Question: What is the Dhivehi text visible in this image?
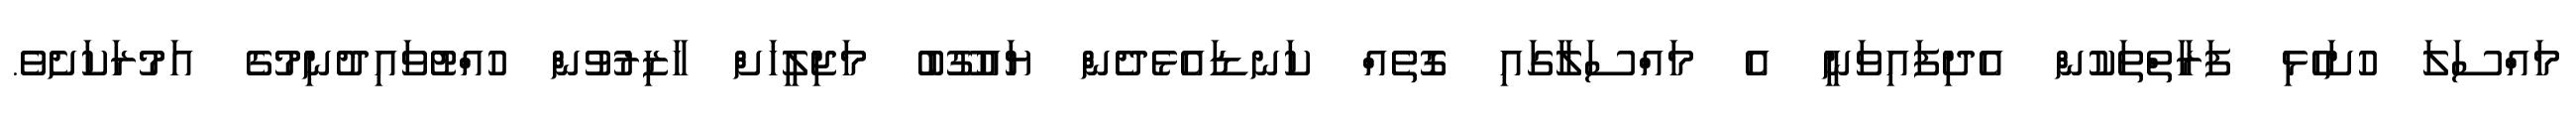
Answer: މައްސަލަ ހުށަހެޅި ފަރާތްތަކުން އެދިފައިވަނީ އެ މައްސަލާގައި ގޮތެއް ކަނޑައެޅެދެން ޔައުގޫބު މަޖިލީހަށް ހާޒިރުވުން ހުއްޓުވައިދުނިމުގެ އަމުރަކަށެވެ.